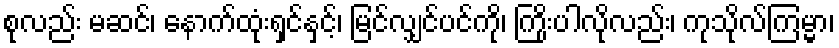
စုလည်း မဆင်၊ နောက်ထုံးရှင်နှင့်၊ မြင်လျှင်ပင်ကို၊ ကြိုးပါလိုလည်း၊ ကုသိုလ်ကြမ္မာ၊